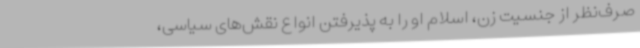
صرف‌نظر از جنسیت زن، اسلام او را به پذیرفتن انواع نقش‌های سیاسی،